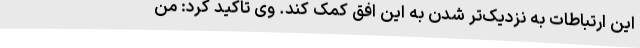
این ارتباطات به نزدیک‌تر شدن به این افق کمک کند. وی تاکید کرد: من